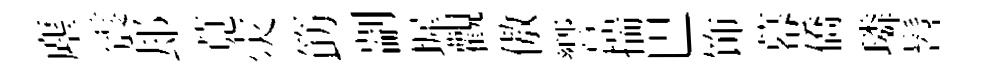
塵震𨚫莧灾筯剬墀觀傲響揣巴饰幕僑璘髫